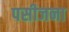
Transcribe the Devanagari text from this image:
पसीजना